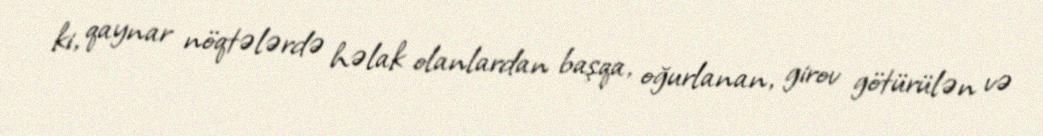
ki, qaynar nöqtələrdə həlak olanlardan başqa, oğurlanan, girov götürülən və